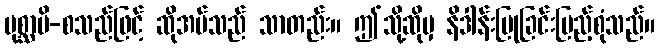
ပုစ္ဆာမိ-စသည်ဖြင့် ဆိုအပ်သည် သာတည်း။ ဤသို့ဆိုမှ နိဒါန်းပြုခြင်းပြည့်စုံသည်။